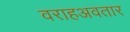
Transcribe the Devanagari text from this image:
वराहअवतार